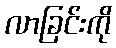
လာခြင်းကို